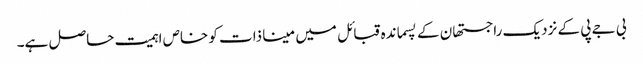
بی جے پی کے نزدیک راجستھان کے پسماندہ قبائل میں مینا ذات کو خاص اہمیت حاصل ہے۔